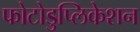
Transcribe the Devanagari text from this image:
फोटोडुप्लिकेशन